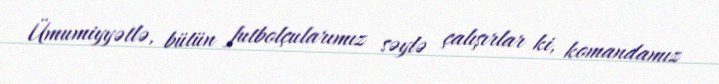
Ümumiyyətlə, bütün futbolçularımız səylə çalışırlar ki, komandamız